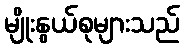
မျိုးနွယ်စုများသည်